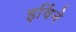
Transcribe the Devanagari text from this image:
इर्विने